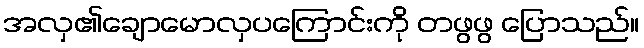
အလှ၏ချောမောလှပကြောင်းကို တဖွဖွ ပြောသည်။